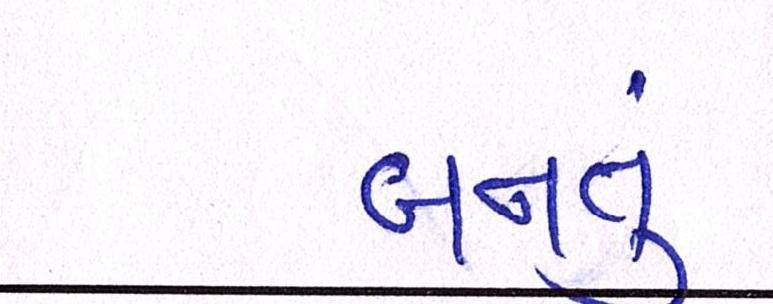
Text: બનતુ